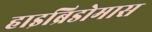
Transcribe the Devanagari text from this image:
हाइब्रिडोमास